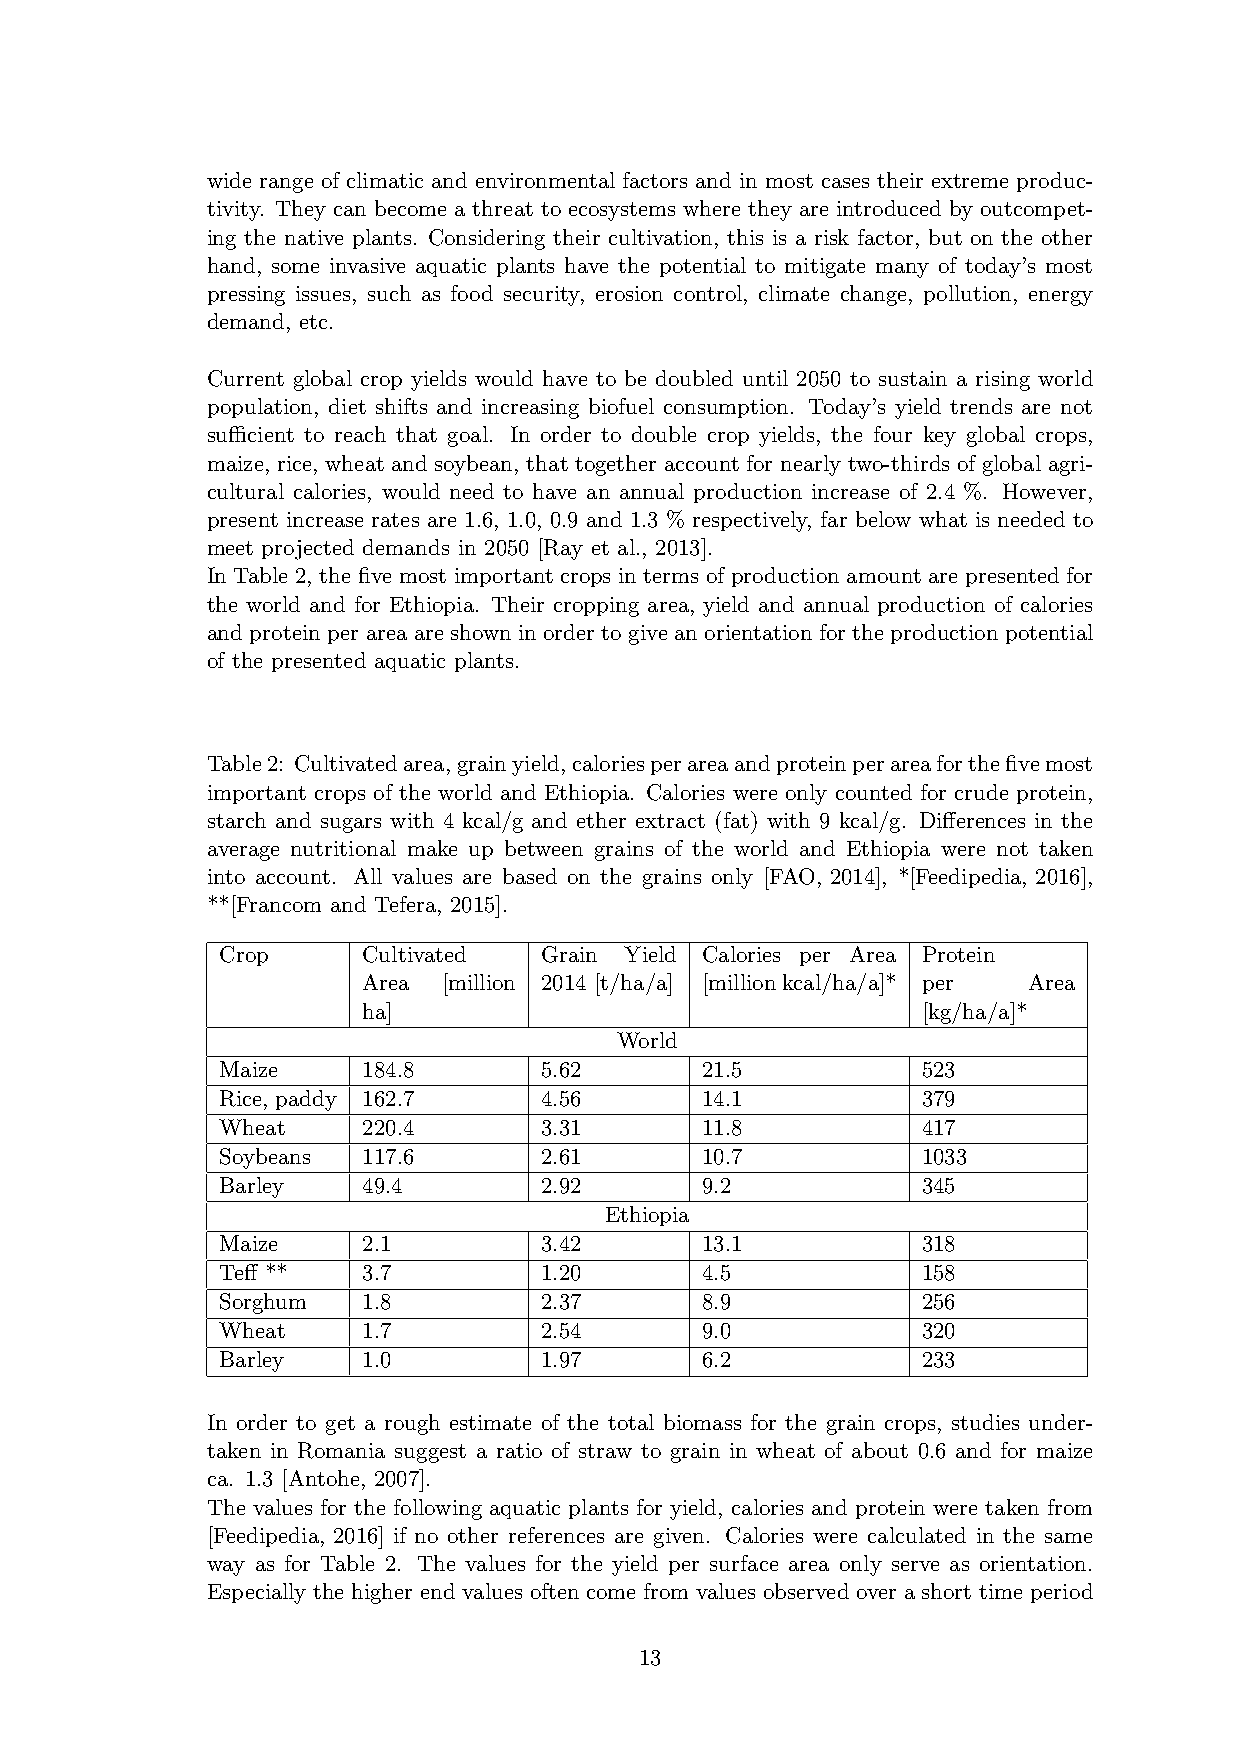
wide range of climatic and environmental factors and in most cases their extreme produc-
 tivity. They can become a threat to ecosystems where they are introduced by outcompet-
 ing the native plants. Considering their cultivation, this is a risk factor, but on the other
 hand, some invasive aquatic plants have the potential to mitigate many of today’s most
 pressing issues, such as food security, erosion control, climate change, pollution, energy
 demand, etc.
 Current global crop yields would have to be doubled until 2050 to sustain a rising world
 population, diet shifts and increasing biofuel consumption. Today’s yield trends are not
 sufficient to reach that goal. In order to double crop yields, the four key global crops,
 maize, rice, wheat and soybean, that together account for nearly two-thirds of global agri-
 cultural calories, would need to have an annual production increase of 2.4 %. However,
 present increase rates are 1.6, 1.0, 0.9 and 1.3 % respectively, far below what is needed to
 meet projected demands in 2050 [Ray et al., 2013].
 In Table 2, the five most important crops in terms of production amount are presented for
 the world and for Ethiopia. Their cropping area, yield and annual production of calories
 and protein per area are shown in order to give an orientation for the production potential
 of the presented aquatic plants.
 Table2: Cultivatedarea,grainyield,caloriesperareaandproteinperareaforthefivemost
 important crops of the world and Ethiopia. Calories were only counted for crude protein,
 starch and sugars with 4 kcal/g and ether extract (fat) with 9 kcal/g. Differences in the
 average nutritional make up between grains of the world and Ethiopia were not taken
 into account. All values are based on the grains only [FAO, 2014], *[Feedipedia, 2016],
 **[Francom and Tefera, 2015].
 Crop     Cultivated  Grain Yield Calories per Area Protein
 Area [million 2014 [t/ha/a] [millionkcal/ha/a]* per Area
 ha]                                  [kg/ha/a]*
 World
 Maize    184.8       5.62      21.5           523
 Rice, paddy 162.7    4.56      14.1           379
 Wheat    220.4       3.31      11.8           417
 Soybeans 117.6       2.61      10.7           1033
 Barley   49.4        2.92      9.2            345
 Ethiopia
 Maize    2.1         3.42      13.1           318
 Teff **  3.7         1.20      4.5            158
 Sorghum  1.8         2.37      8.9            256
 Wheat    1.7         2.54      9.0            320
 Barley   1.0         1.97      6.2            233
 In order to get a rough estimate of the total biomass for the grain crops, studies under-
 taken in Romania suggest a ratio of straw to grain in wheat of about 0.6 and for maize
 ca. 1.3 [Antohe, 2007].
 The values for the following aquatic plants for yield, calories and protein were taken from
 [Feedipedia, 2016] if no other references are given. Calories were calculated in the same
 way as for Table 2. The values for the yield per surface area only serve as orientation.
 Especially the higher end values often come from values observed over a short time period
 13